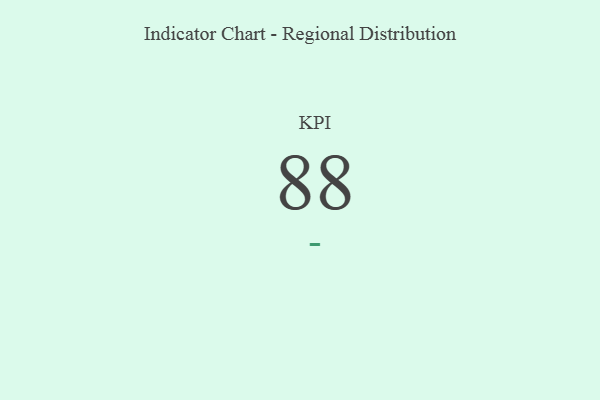
{"axis": {"x": "KPI", "y": "Value"}, "legend": [""], "data": [{"x": "KPI", "y": 88, "type": ""}]}